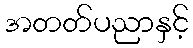
အတတ်ပညာနှင့်